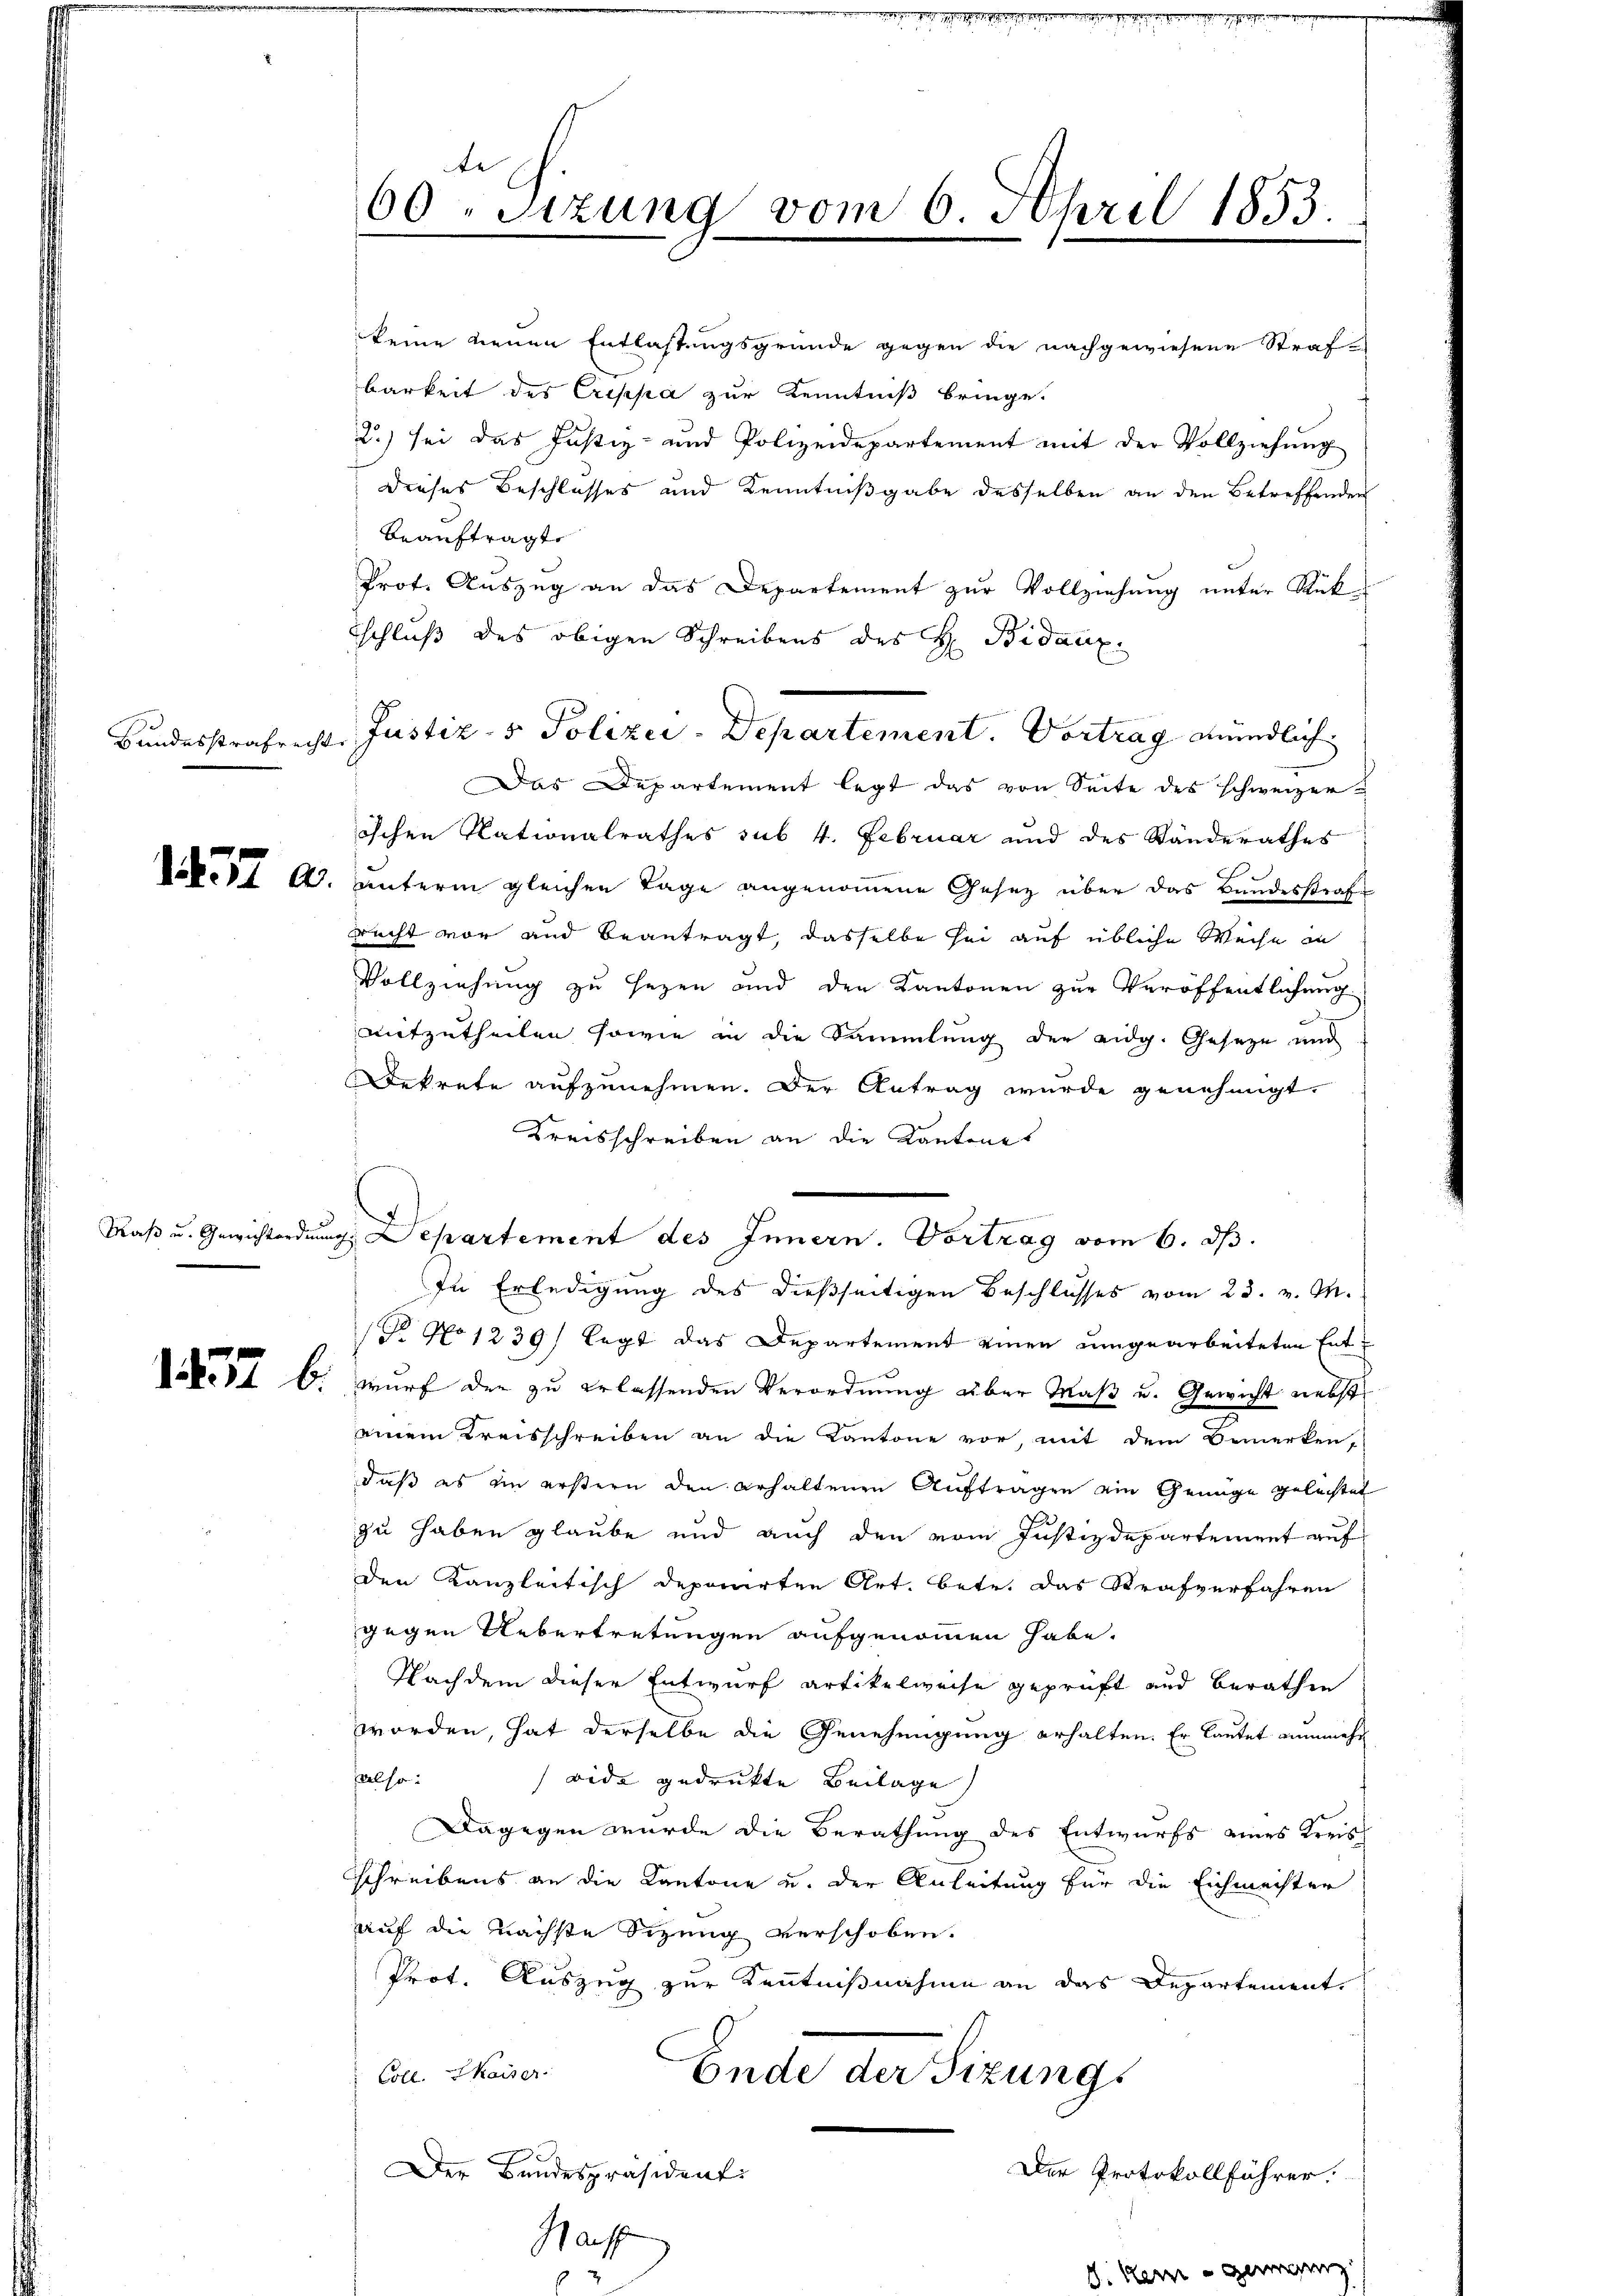
Bundesstrafrecht

137 a.

Maß u. Gewichterdung

1437 b

te
60 "Sizung vom 6. April 1853.

keine neuen Entlassungsgründe gegen die nachgewiesene Straf-
barkeit des Crippa zur Kenntniß bringe.
2.) sei das Justiz- und Polizeidepartement mit der Vollziehung
dieses Beschlusses und Kenntnißgabe desselben an den Betreffenden
beauftragte
Prot. Auszug an das Departement zur Vollziehung unter Rück-
sschluß des obigen Schreibens des H: Bidanz
Das Departement legt das von Seite des schweizerischen Rationalrathes sub 4. Februar und des Standerathes
unterm gleichen Tage angenommene Gesetz über das Bundesstraf¬
Recht von und beantragt, dasselbe sei auf übliche Weise in
Vollziehung zu sezen und den Kantonen zur Veröffentlichung
mitzutheilen sowie in die Sammlung der eidg. Geseze und
Dekrete aufzunehmen. Der Antrag wurde genehmigt.
Kreisschreiben an die Kantone
In Erledigung des dießseitigen Beschlusses vom 23. v. M.
P No 1239) legt das Departement einen umgearbeiteten Entwurf der zu erlassenden Verordnung über Maß u. Gewicht nebst
einem Kreisschreiben an die Kantone vor, mit dem Bemerken,
daß es im erstern den erhaltenen Auftragen ein Genüge geleistet
zu haben glaube und auch den vom Justizdepartement auf
den Kanzleitisch deponirten Art. betr. das Strafverfahren
gegen Uebertretungen aufgenommen habe.
Nachdem dieser Entwurf artikelweise geprüft und Berathen
worden, hat derselbe die Genehmigung erhalten. Er lautet nunmehr
salso:
Bide gedrukte Beilage
Dagegen wurde die Berathung des Entwurfs eines Kreis
schreibens an die Kantone u. der Anleitung für die Eichmachter
auf die nächste Sizung verschoben.
Prot. Auszug zur Kenntnißnahme an das Departement.
Coll. Kaiser
Ende der Sizungs
Der Bandespräsidenti
Der Protokollführer.
Haf
n

Justiz- & Polizei-Departement. Vortrag mündlich

Departement des Innern. Vortrag vom 6. ds.